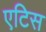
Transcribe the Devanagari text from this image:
एटिस